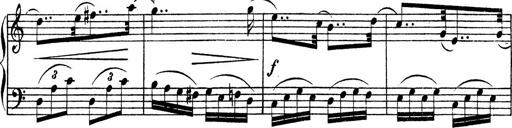
Title: Piano Sonata
Composer: Karl HÃ¤ssler
Key: C major